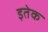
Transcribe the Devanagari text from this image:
इतेक